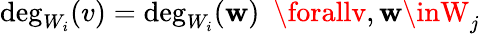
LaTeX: \deg_{W_{i}}(v)=\deg_{W_{i}}(\mathbf{w})\, \, \, \forallv,\mathbf{w}\inW_{j}